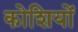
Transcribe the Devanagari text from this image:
कोशियों